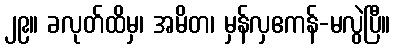
၂၉။ ခလုတ်ထိမှ၊ အမိတ၊ မှန်လှဧကန်-မလွဲပြီ။